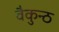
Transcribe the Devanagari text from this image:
वैकुन्ठ